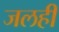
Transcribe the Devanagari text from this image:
जलहीं